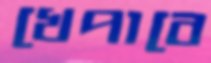
খেপাবে